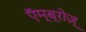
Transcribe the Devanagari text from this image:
एॅम्ब्रोज़्